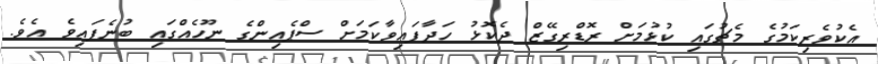
އެކުވެރިކަމުގެ މެޗުގައި ކުޅުމަށް ރޮޑްރިގޭޒް ދެކޮޅު ހަދާފައިވާކަމަށް ސްޕެއިންގެ ނޫހެއްގައި ބުނެފައިވެ އެވެ.